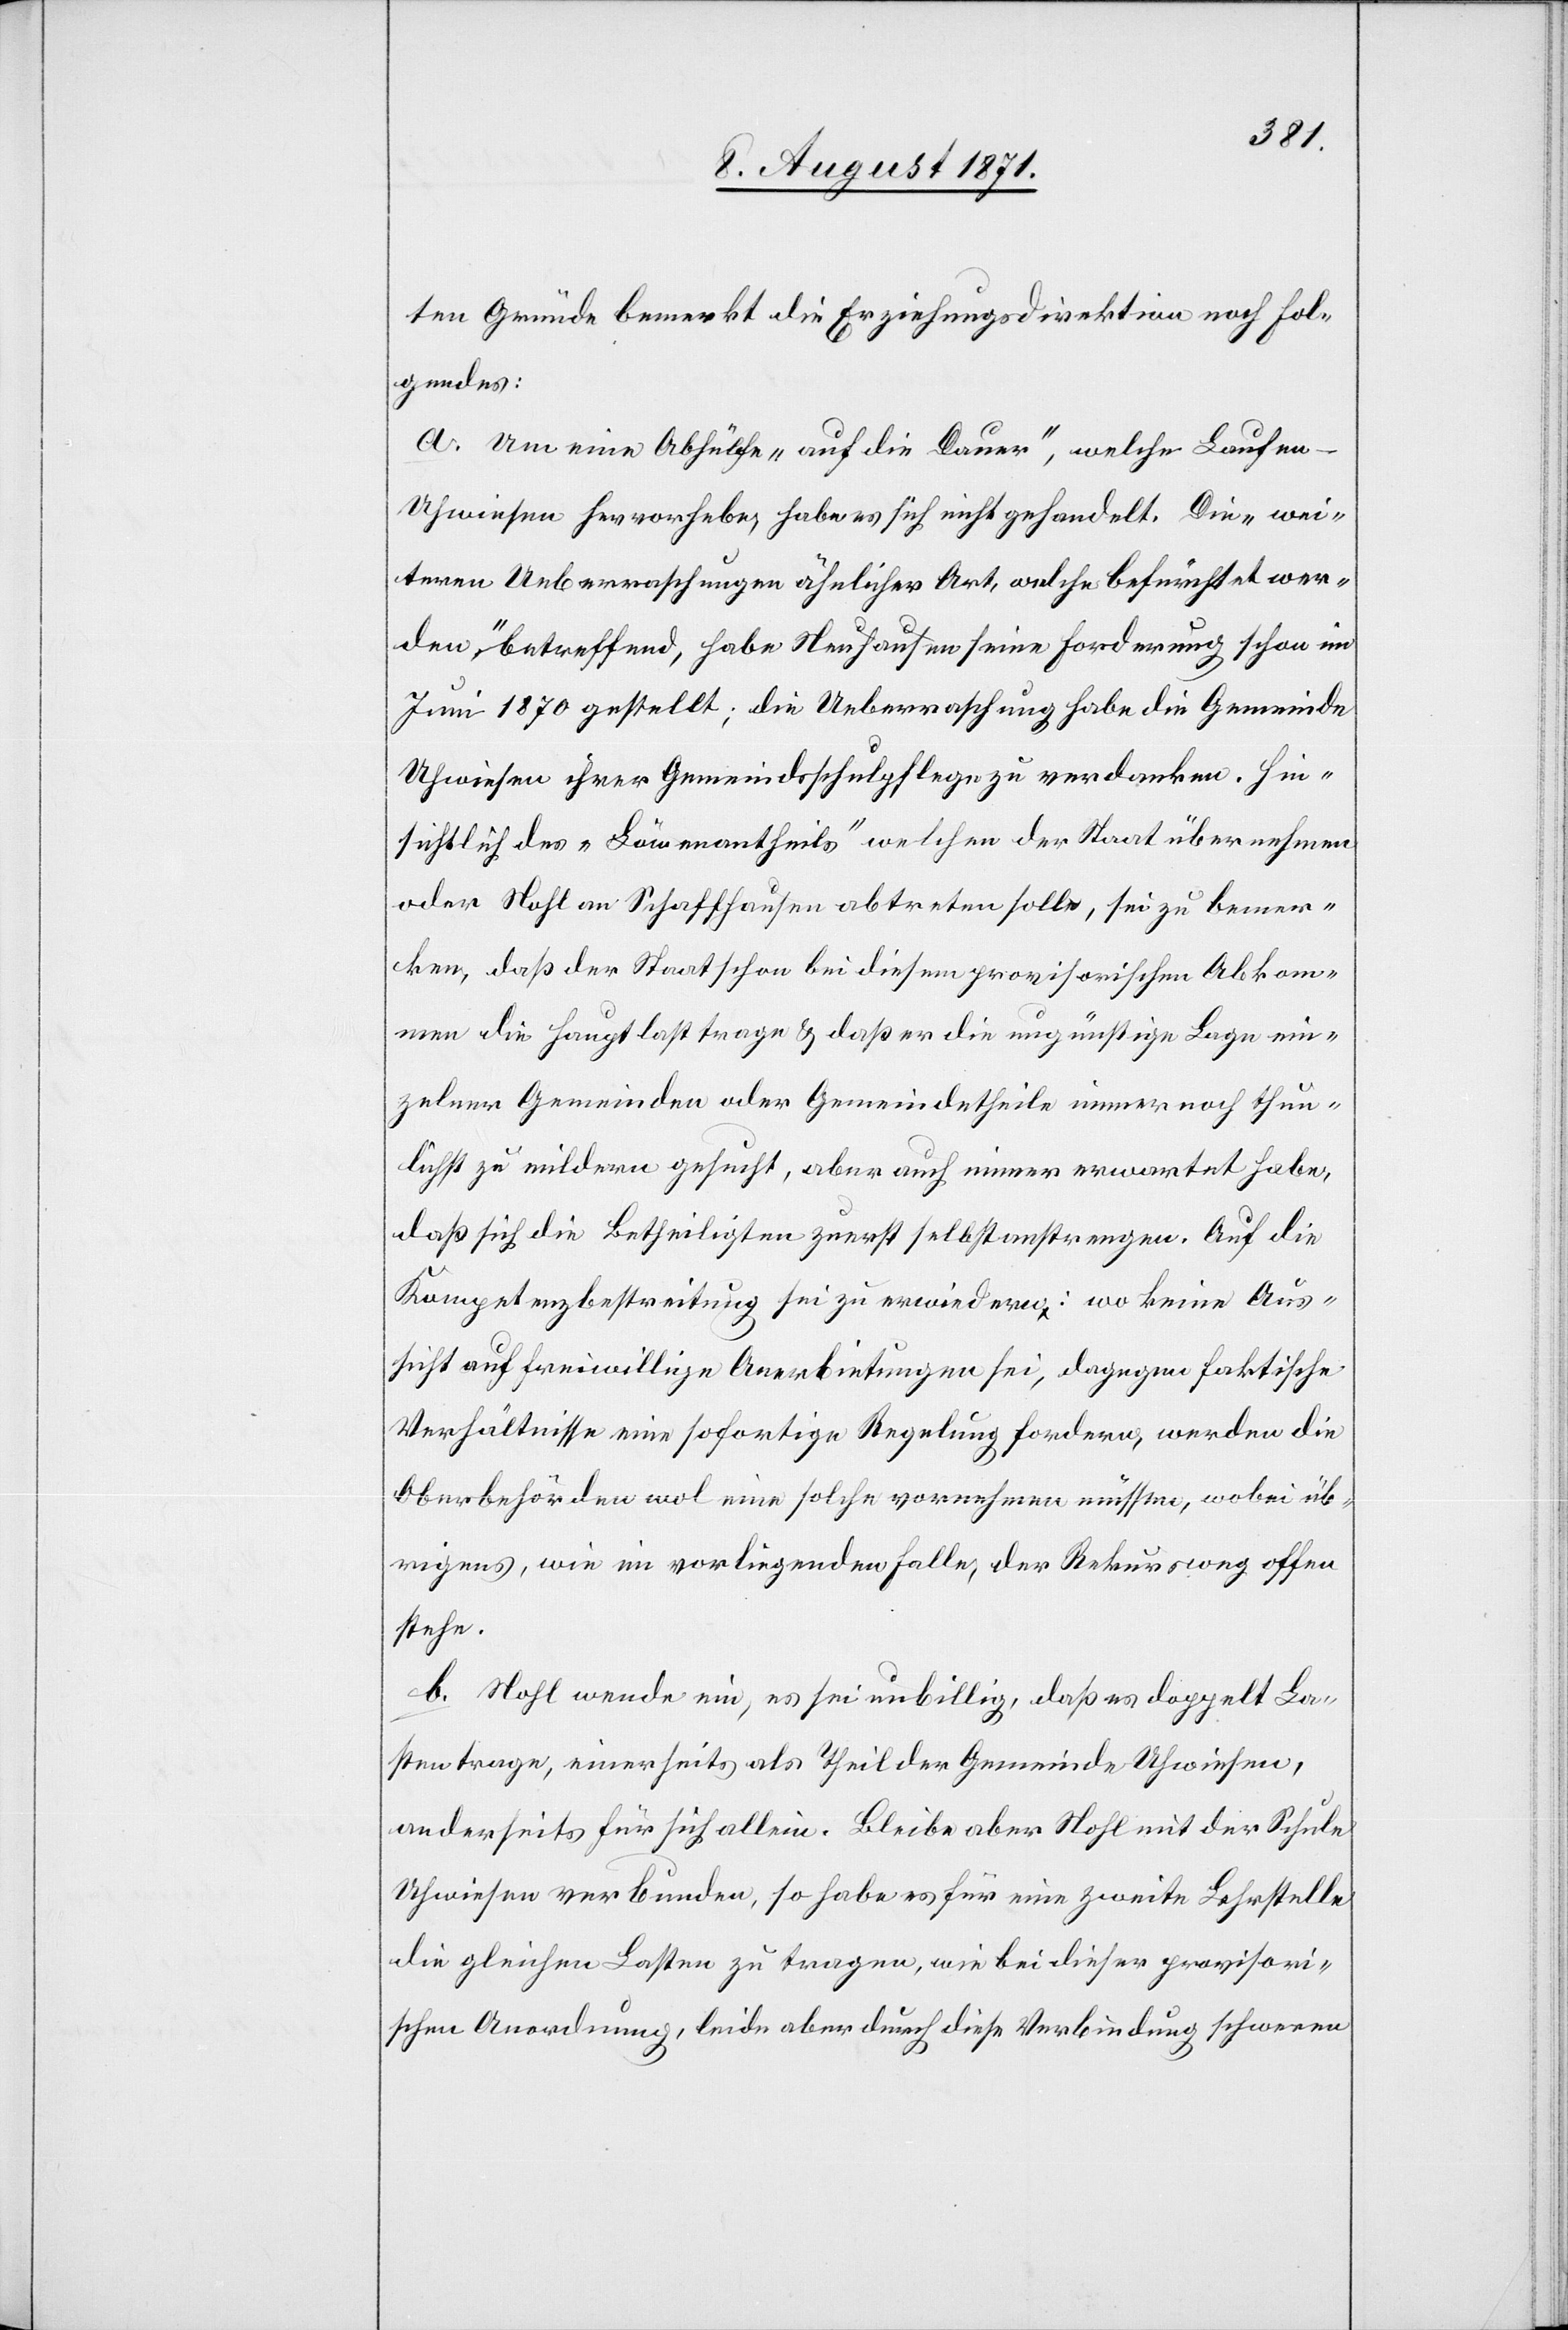
ten Gründe bemerkt die Erziehungsdirektion noch fol¬
gendes:
a. Um eine Abhülfe „auf die Dauer“, welch Laufen-U¬
hwiesen hervorhebe, habe es sich nicht gehandelt. Die „wei¬
teren Ueberraschungen ähnlicher Art, welche befürchtet wer¬
den“, betreffend, habe Neuhausen seine Forderung schon im
Juni 1870 gestellt; die Ueberraschung habe die Gemeinde
Uhwiesen ihrer Gemeindschulpflege zu verdanken. Hin¬
sichtlich des „Löwenantheils“ welchen der Staat übernehmen
oder Nohl an Schaffhausen abtreten solle, sei zu bemer¬
ken, daß der Staat schon bei diesem provisorischen Abkom¬
men die Hauptlast trage u. daß er die ungünstige Lage ein¬
zelner Gemeinden oder Gemeindetheile immer noch thun¬
lichst zu mildern gesucht, aber auch immer erwartet habe,
daß sich die Betheiligten zuerst selbst anstrengen. Auf die
Kompetenzbestreitung sei zu erwiedern: wo keine Aus¬
sicht auf freiwillige Anerbietungen sei, dagegen faktische
Verhältnisse eine sofortige Regelung fordern, werden die
Oberbehörden wol eine solche vornehmen müssen, wobei üb¬
rigens, wie im vorliegenden Falle, der Rekursweg offen
stehe.
b. Nohl wende ein, es sei unbillig, daß es doppelt La¬
sten trage, einerseits als Theil der Gemeinde Uhwiesen,
anderseits für sich allein. Bleibe aber Nohl mit der Schule
Uhwiesen verbunden, so habe es für eine zweite Lehrstelle
die gleichen Lasten zu tragen, wie bei dieser provisori¬
schen Anordnung, leide aber durch diese Verbindung schweren